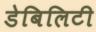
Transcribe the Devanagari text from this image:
डेबिलिटी